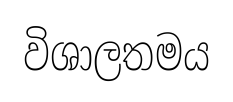
විශාලතමය